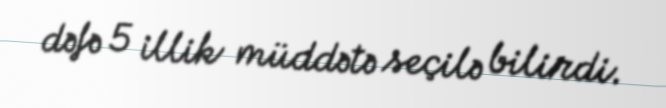
dəfə 5 illik müddətə seçilə bilirdi.